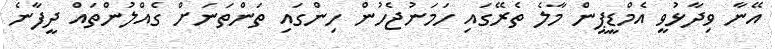
އޭނާ ވިދާޅުވީ އެމްޑީޕީން މާލެ ތެރޭގައި ހަމަނުޖެހުން ހިންގައި ތަންތަނަށް ގެއްލުންތައް ދީފާނެ